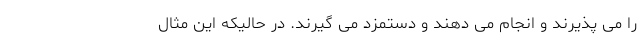
را می پذیرند و انجام می دهند و دستمزد می گیرند. در حالیکه این مثال